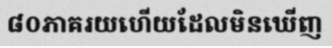
៨០ភាគរយហើយដែលមិនឃើញ